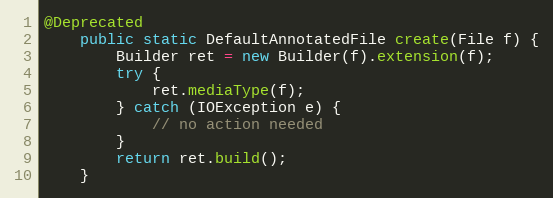
Language: Java
@Deprecated
	public static DefaultAnnotatedFile create(File f) {
		Builder ret = new Builder(f).extension(f);
		try {
			ret.mediaType(f);
		} catch (IOException e) {
			// no action needed
		}
		return ret.build();
	}